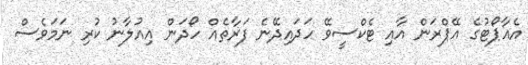
އެއާޕޯޓުގެ އޭޕްރަން އާއި ޓެކްސީވޭ ހަދައިދޭނެ ފަރާތެއް ހޯދަން އިއުލާނު ކުރި ނަމަވެސް